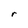
Character: r